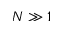
N \gg 1